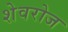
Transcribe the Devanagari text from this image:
शेवरोज